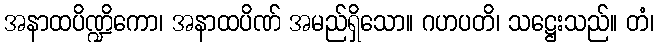
အနာထပိဏ္ဍိကော၊ အနာထပိဏ် အမည်ရှိသော။ ဂဟပတိ၊ သဋ္ဌေးသည်။ တံ၊